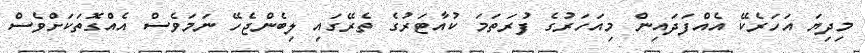
މިދިޔަ އަހަރެކޭ އެއްފަދައިން މިއަހަރުގެ ފުރަތަމަ ކުއާޓަރުގެ ތެރޭގައި ލިބެންޖެހޭ ނަމަވެސް އެއްގޮތަކަށްވެސް